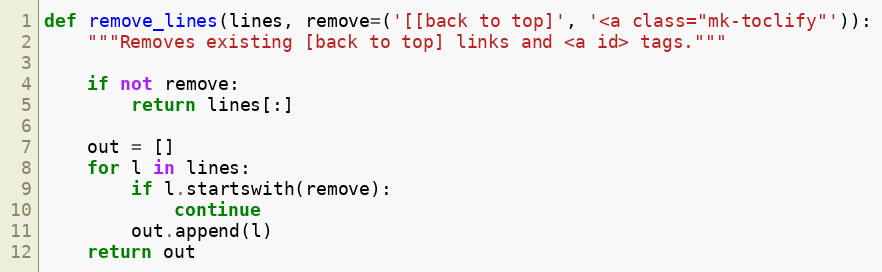
Language: Python
def remove_lines(lines, remove=('[[back to top]', '<a class="mk-toclify"')):
    """Removes existing [back to top] links and <a id> tags."""

    if not remove:
        return lines[:]

    out = []
    for l in lines:
        if l.startswith(remove):
            continue
        out.append(l)
    return out